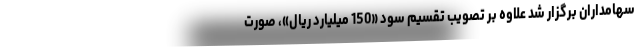
سهامداران برگزار شد علاوه بر تصویب تقسیم سود «150 میلیارد ریال»، صورت